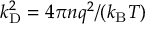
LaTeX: k _ { \mathrm { { D } } } ^ { 2 } = 4 \pi n q ^ { 2 } / ( k _ { \mathrm { { B } } } T )